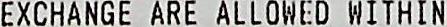
EXCHANGE ARE ALLOWED WITHIN